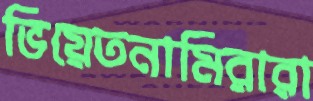
ভিয়েতনামিরারা